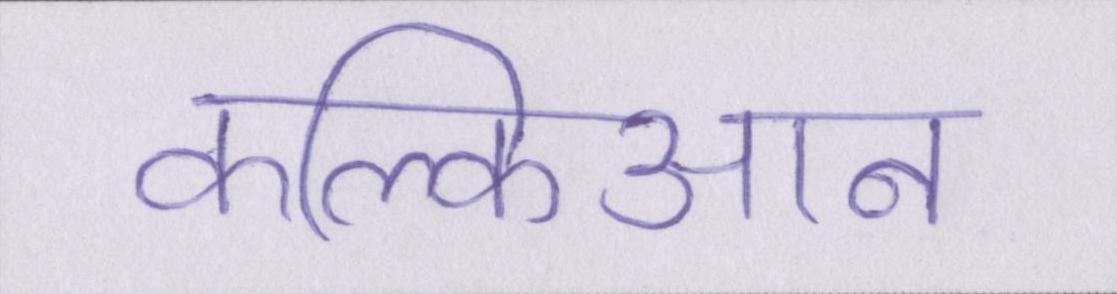
कल्किआन